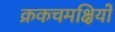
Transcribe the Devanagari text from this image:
क्रकचमक्षियों